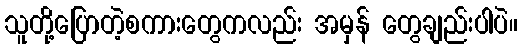
သူတို့ပြောတဲ့စကားတွေကလည်း အမှန် တွေချည်းပါပဲ။